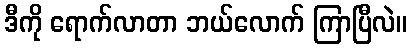
ဒီကို ရောက်လာတာ ဘယ်လောက် ကြာပြီလဲ။